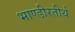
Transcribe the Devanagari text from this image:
भाण्डीरतीर्थ